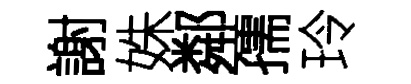
謝姝鄰孺玲